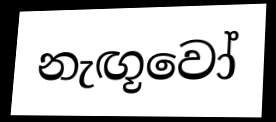
නැඟූවෝ